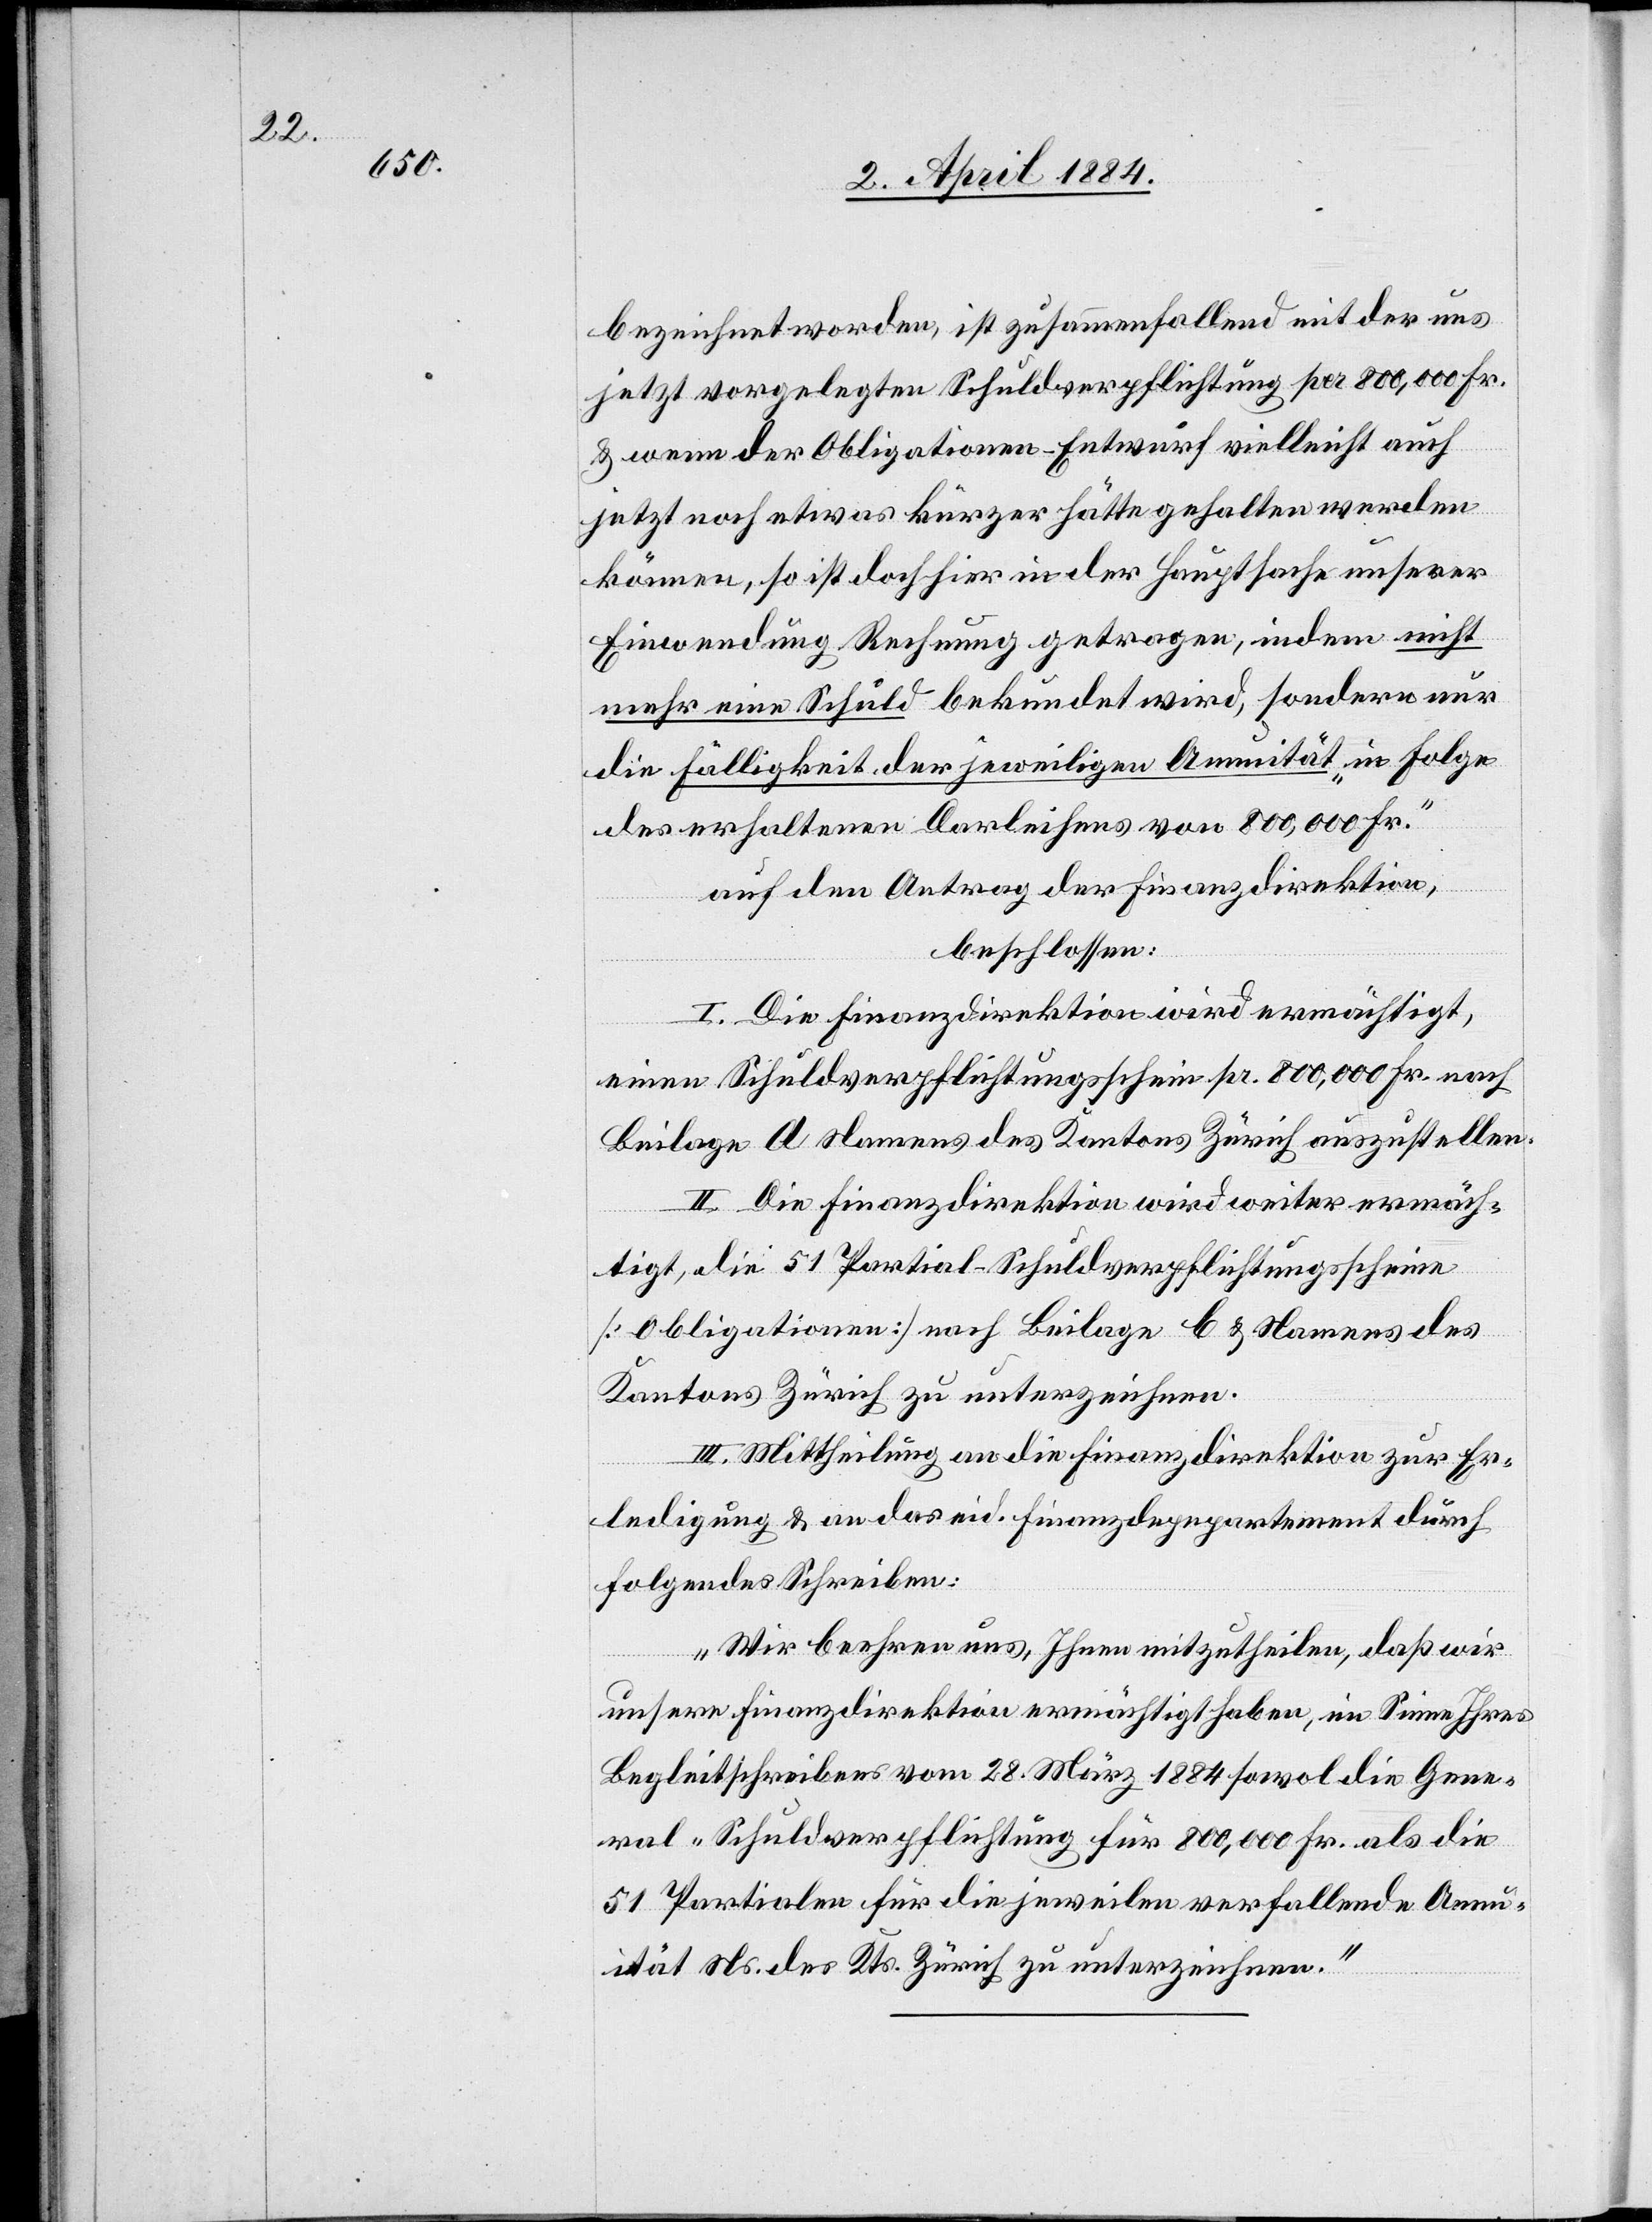
bezeichnet worden ist zusammenfallend mit der uns
jetzt vorgelegten Schulverpflichtung pro 800,000 Fr.
& wenn der Obligationen-Entwurf vielleicht auch
jetzt noch etwas kürzer hätte gehalten werden
können, so ist doch hier in der Hauptsache unserer
Einwendung Rechnung getragen, indem nicht
mehr eine Schuld bekundet wird, sondern nur
die Fälligkeit der jeweiligen Annuität „in Folge
des erhaltenen Darleihens von 800,000 Fr.“
auf den Antrag der Finanzdirektion,
beschlossen:
I. Die Finanzdirektion wird ermächtigt,
einen Schuldverpflichtungsschein pr. 800,000 Fr. nach
Beilage A Namens des Kantons Zürich auszustellen.
II. Die Finanzdirektion wird weiter ermäch¬
tigt, die 51 Partial-Schuldverpflichtungsscheine
[Obligationen] nach Beilage B & Namens des
Kantons Zürich zu unterzeichnen.
III. Mittheilung an die Finanzdirektion zur Er¬
ledigung & an das eid. Finanzdepartement durch
folgendes Schreiben:
„Wir beehren uns, Ihnen mitzutheilen, daß wir
unsere Finanzdirektion ermächtigt haben, im Sinne Ihres
Begleitschreibens vom 28. März 1884 sowol die Gene¬
ral-Schulverpflichtung für 800,000 Fr. als die
51 Partialen für die jeweilen verfallende Annu¬
ität Ns. des Kts. Zürich zu unterzeichnen.“